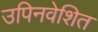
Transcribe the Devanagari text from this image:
उपिनवेशित